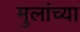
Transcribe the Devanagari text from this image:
मुलांच्‍या